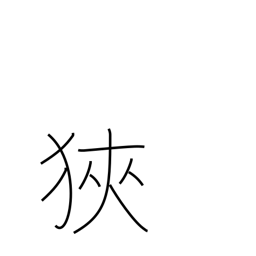
Meaning: reduce